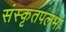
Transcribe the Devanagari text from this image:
संस्कृतपलभा